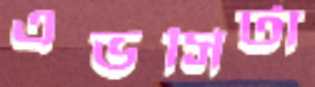
এভসিটা